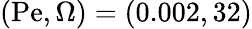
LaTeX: (\mathrm{Pe},\Omega)=(0.002,32)